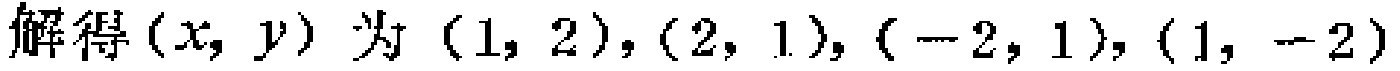
解得\((x, y)\)为\((1, 2),(2, 1),(-2, 1),(1, -2)\)